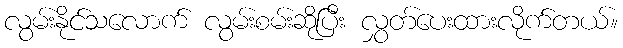
လွမ်းနိုင်သလောက် လွမ်းစမ်းဆိုပြီး လွှတ်ပေးထားလိုက်တယ်။